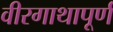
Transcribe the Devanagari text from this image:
वीरगाथापूर्ण